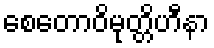
စေတောဝိမုတ္တိဟီနာ